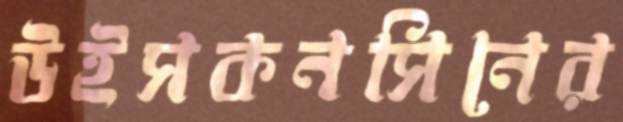
উইসকনসিনের